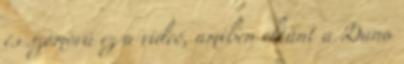
és szomorú ez a videó, amiben eltűnt a Duna